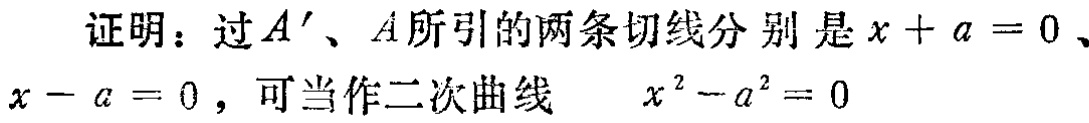
证明：过\(A'\)、\(A\)所引的两条切线分别是\(x + a = 0\)、\(x - a = 0\)，可当作二次曲线 \(x^{2}-a^{2}=0\)